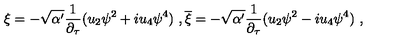
\xi = - \sqrt { \alpha ^ { \prime } } \frac { 1 } { \partial _ { \tau } } ( u _ { 2 } \psi ^ { 2 } + i u _ { 4 } \psi ^ { 4 } ) \ , \overline { { \xi } } = - \sqrt { \alpha ^ { \prime } } \frac { 1 } { \partial _ { \tau } } ( u _ { 2 } \psi ^ { 2 } - i u _ { 4 } \psi ^ { 4 } ) \ ,